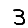
Digit: 3